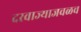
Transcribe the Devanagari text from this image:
दरवाज्याजवळच